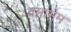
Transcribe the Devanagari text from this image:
वसासम